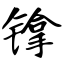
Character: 镎